Memorandum on the prevention of leprosy by segregation of the affected
Disease focus: Leprosy
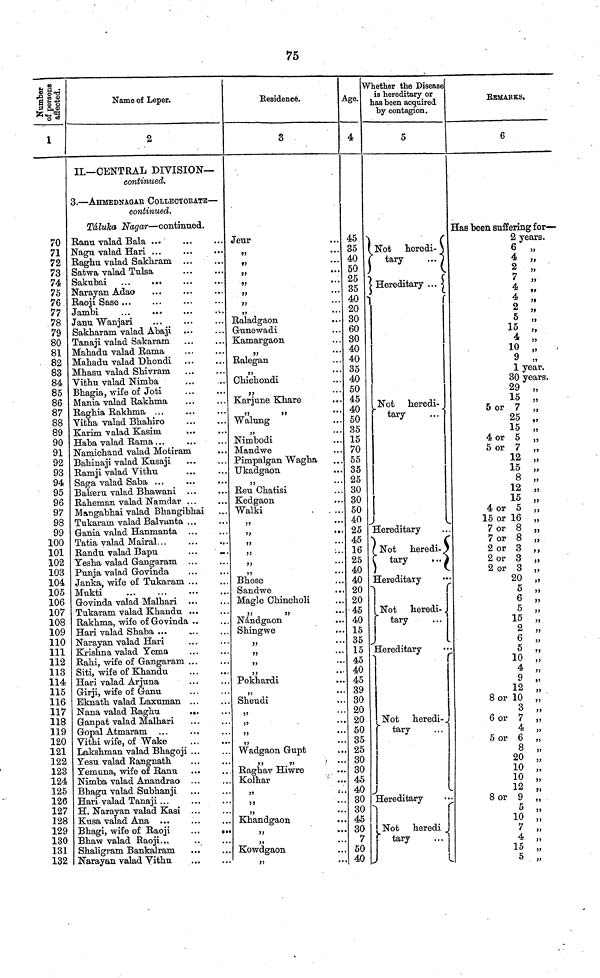
75
Number of
persons
affected.
1
70
71
72
73
74
75
76
77
78
79
80
81
82
83
84
85
86
87
88
89
90
91
92
93
94
95
96
97
98
99
100
101
102
103
104
105
106
107
108
109
110
111
112
113
114
115
116
117
118
119
120
121
122
123
124
125
126
127
128
129
130
131
132
Name of Leper.
2
II.— CENTRAL DIVISION—
continued.
3. — AHMEDNAGAr COLLECTORATE —
continued.
Táluka Nagar — continued.
Ranu valad Bala ...
Nagu valad Hari ...
Raghu valad Sakhram
Satwa valad Tulsa
Narayan Adao
Raoji Sase ...
Jambi
Janu Wanjari
Sakharam valad Abaji
Tanaji valad Sakaram
Mahadu valad Rama
Mahadu valad Dhondi
Mhasu valad Shivram
Vithu valad Nimba
Bhagia, wife of Joti
Mania valad Rakhma
Raghia Rakhma ...
Vitha valad Bhahiro
Karim valad Kasim.
Haba valad Rama ...
Namichand valad Motiram
Bahinaji valad Kusaji
Ramji valad Vithu
Saga valad Saba ...
Baheru valad Bhawani
Raheman valad Namdar ...
Mangabhai valad Bhangibhai
Tukaram valad Balvanta ...
Gania valad Hanmanta ...
Tatia valad Mairal...
Randu valad Bapu
...
..
Yesha valad Gangaram ...
Punja valad Govinda
Janka, wife of Tukaram ...
Mukti
Govinda valad Malhari
Tukaram valad Khaudu ...
Rakhma, wife of Govinda ..
Hari valad Shaba ...
Narayan valad Hari
Krishna valad Yema
Rahi, wife of Gangaram ...
Siti, wife of Khandu
Hari valad Arjuna
Girji, wife of Ganu
Eknath valad Laxuman ...
Nana valad Raghu
...
Ganpat valad Malhari
Gopal Atmaram
Vithi wife, of Wake
Lakshman valad Bhagoji ...
Yesu valad Rangnath
Yemuna, wife of Ranu
Nimba valad Anandrao
Bhagu valad Subhanji
Hari valad Tanaji ...
H. Narayan valad Kasi ..
Kusa valad Ana ...
Bhagi, wife of Raoji
..
« .
Bhaw valad Raoji...
.
. .
Shaligram Bankalram
Narayan valad Vithu
Residence.
3
Jeur
11
...
,,
...
,,
,,
,
,,
,,
...
,,
,,
Raladgaon
Gunewadi
Kamargaon
,,
,,
Ralegan
,,
Chichondi
,,
Karjune Khare
,,
,,
•••
Walung
,,
Nimbodi
Mandwe
Pimpalgan Wagha
Ukadgaon
"
...
Reu Chatisi
Kedgaon
Walki
. . ...
,,
...
,,
,,
"
,,
Bhose
Sandwe
...
Magle Chincholi
,,
,,
•••
Nandgaon
...
Shingwe
,,
...
,,
...
,,
...
,,
...
Pokhardi
,,
...
Sheudi
,,
...
,,
...
,,
...
,
...
Wadgaon Gupt
,,
Raghav Hiwre
Kolhar
,,
:..
,,
Khandgaon
,,
...
,,
...
Kowdgaon
,,
...
Age.
4
45
35
40
50
25
35
40
20
30
60
30
40
40
35
40
50
45
40
50
35
15
70
55
35
25
30
30
50
40
25
45
16
25
40
40
20
20
45
40
15
35
15
45
40
45
39
30
20
20
50
35
25
30
30
45
40
30
30
45
30
7
50
40
Whether the Disease
i3 hereditary or
has been acquired
by contagion.
5
Not
heredi-
tary
..
Hereditary ...
Not heredi-
tary
Hereditary
Not heredi-
tary
...
Hereditary
Not heredi-
tary
...
Hereditary
Not heredi-
tary
Hereditary
Not heredi
tary
. . .
REMARKS.
6
Has been suffering for—
1
2 years.
6 „
4 „
2 "
7 "
4 "
4 "
2 "
5 "
15 ,,
4 "
10 „
9 „
1 year.
30 years.
29 „
15 „
5 or 7 „
25 „
15 „
4 or 5 „
5 or 7 „
12 „
15 „
8 ,,
12 „
15 „
4 or 5 ,,
15 or 16 „
7 or 8 „
7 or 8 „
2 or 3 „
2 or 3 „
2 or 3 „
20 „
5 „
6 „
5 „
15 „
2 „ 77
6 „
77
5 „
10 „
4 „
9 ,,
12 „
8 or 10 „
3 „
6 or 7 "
4 "
5 or 6 "
8 "
20 "
10 "
10 "
12 "
8 or 9 "
5 "
10 "
7 "
4 "
15 "
5 "